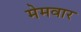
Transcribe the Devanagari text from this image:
मेमवार